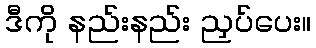
ဒီကို နည်းနည်း ညှပ်ပေး။